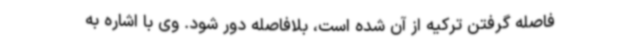
فاصله‌ گرفتن ترکیه از آن شده است، بلافاصله دور شود. وی با اشاره به